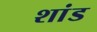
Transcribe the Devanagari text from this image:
शांड